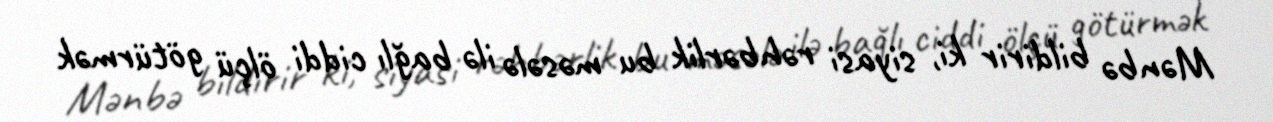
Mənbə bildirir ki, siyasi rəhbərlik bu məsələ ilə bağlı ciddi ölçü götürmək